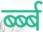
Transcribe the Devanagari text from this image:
र्ब्ब्ब